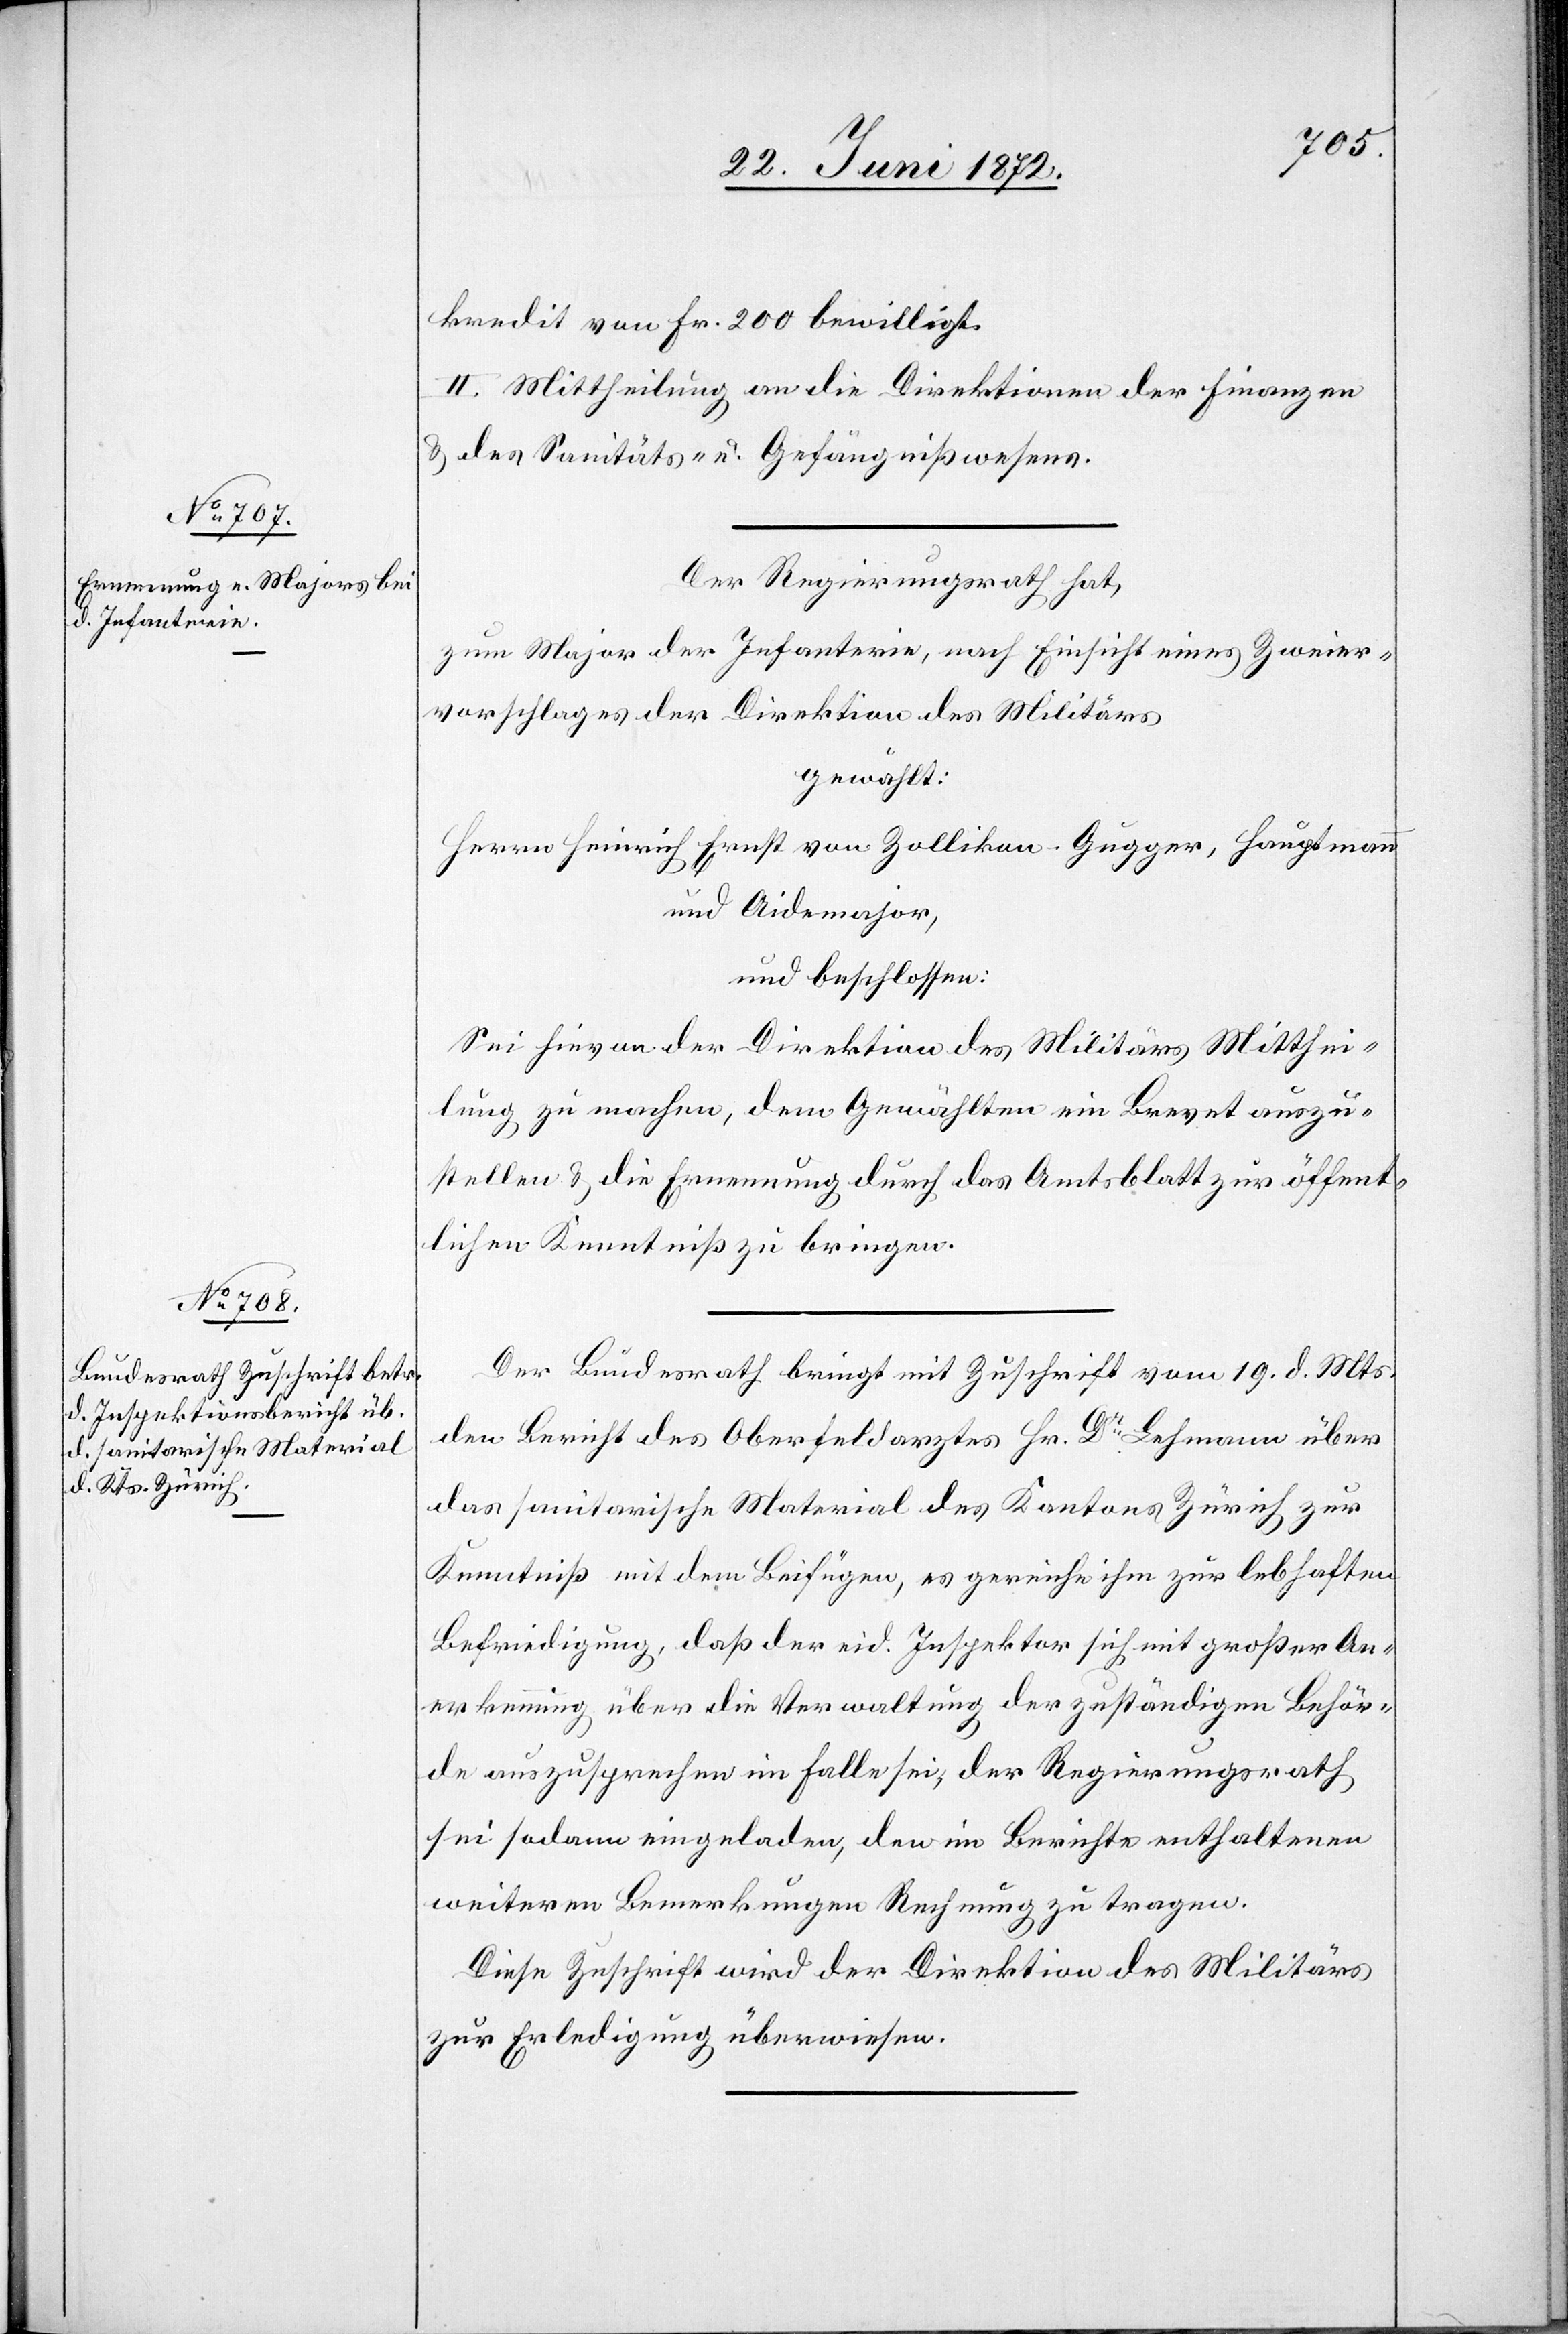
kredit von Fr. 200 bewilligt.
II. Mittheilung an die Direktionen der Finanzen
u. des Sanitäts- u. Gefängnißwesens.
Der Regierungsrath hat,
zum Major der Infanterie, nach Einsicht eines Zweier¬
vorschlages der Direktion des Militärs
gewählt:
Herrn Heinrich Ernst von Zollikon-Gugger, Hauptmann
und Aidemajor,
und beschlossen:
Sei hievon der Direktion des Militärs Mitthei¬
lung zu machen, dem Gewählten ein Brevet auszu¬
stellen u. die Ernennung durch das Amtsblatt zur öffent¬
lichen Kenntniß zu bringen.
Der Bundesrath bringt mit Zuschrift vom 19. d. Mts.
den Bericht des Oberfeldarztes Hr. Dr Lehmann über
das sanitarische Material des Kantons Zürich zur
Kenntniß mit dem Beifügen, es gereiche ihm zur lebhaften
Befriedigung, daß der eid. Inspektor sich mit großer An¬
erkennung über die Verwaltung der zuständigen Behör¬
de auszusprechen im Falle sei, der Regierungsrath
sei sodann eingeladen, den im Berichte enthaltenen
weiteren Bemerkungen Rechnung zu tragen.
Diese Zuschrift wird der Direktion des Militärs
zur Erledigung überwiesen.